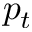
p _ { t }